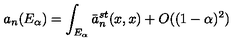
a _ { n } ( E _ { \alpha } ) = \int _ { E _ { \alpha } } \bar { a } _ { n } ^ { s t } ( x , x ) + O ( ( 1 - \alpha ) ^ { 2 } )